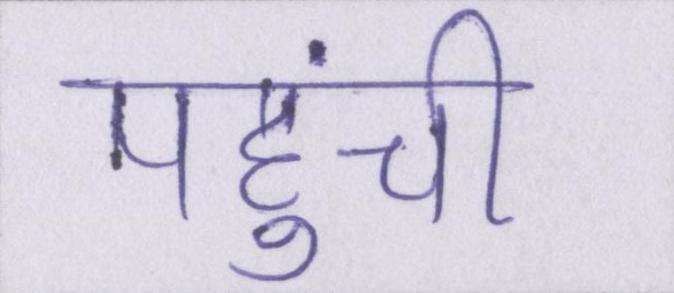
पहुंची